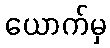
ယောက်မှ